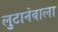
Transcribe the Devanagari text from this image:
लुटानेवालों